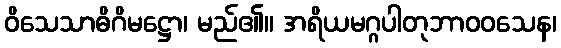
ဝိသေသာဓိဂိမဋ္ဌော၊ မည်၏။ အရိယမဂ္ဂပါတုဘာဝဝသေန၊